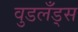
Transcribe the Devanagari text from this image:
वुडलँड्स